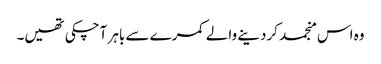
وہ اس منجمد کردینے والے کمرے سے باہر آچکی تھیں۔